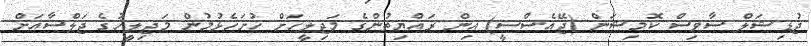
ޖުޑިޝަލް ސާވިސް ކޮމިޝަން (ޖޭއެސްސީ) އިން ރައްޔިތުންގެ މަޖިލީހަށް ހުށަހެޅުމުން މަޖިލީހުގެ ޖަލްސާއަށް